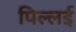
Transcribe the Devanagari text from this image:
पिल्‍लई